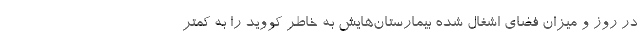
در روز و میزان فضای اشغال شده بیمارستان‌هایش به خاطر کووید را به کمتر